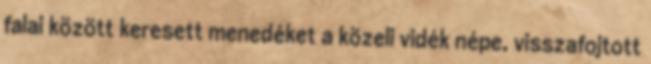
falai között keresett menedéket a közeli vidék népe, visszafojtott